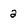
Character: 2